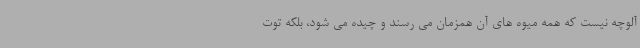
آلوچه نیست که همه میوه های آن همزمان می رسند و چیده می شود، بلکه توت